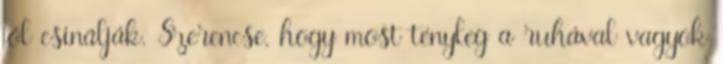
jól csinálják. Szerencse, hogy most tényleg a ruhával vagyok